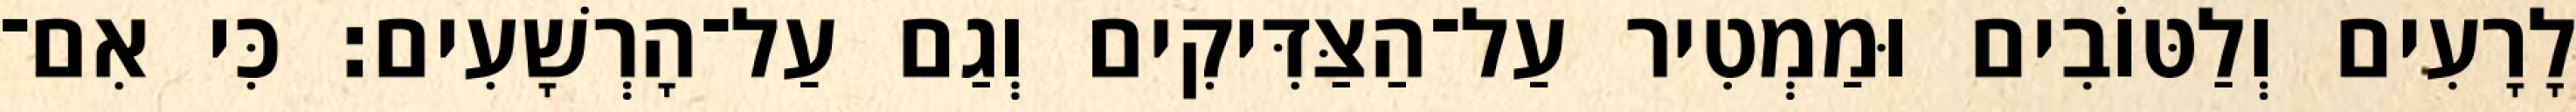
לָרָעִים וְלַטּוֹבִים וּמַמְטִיר עַל־הַצַּדִּיקִים וְגַם עַל־הָרְשָׁעִים׃ כִּי אִם־